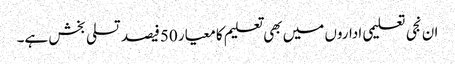
ان نجی تعلیمی اداروں میں بھی تعلیم کا معیار 50فیصد تسلی بخش ہے۔